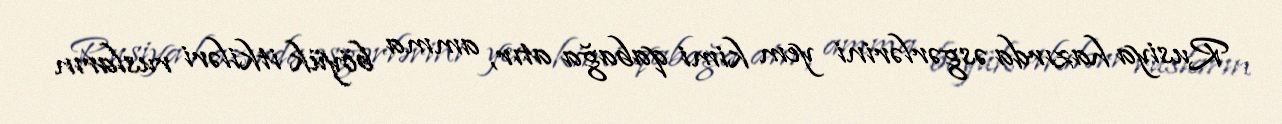
Rusiya hazırda əsgərlərini yem kimi qabağa atır, amma böyük itkiləri rusların